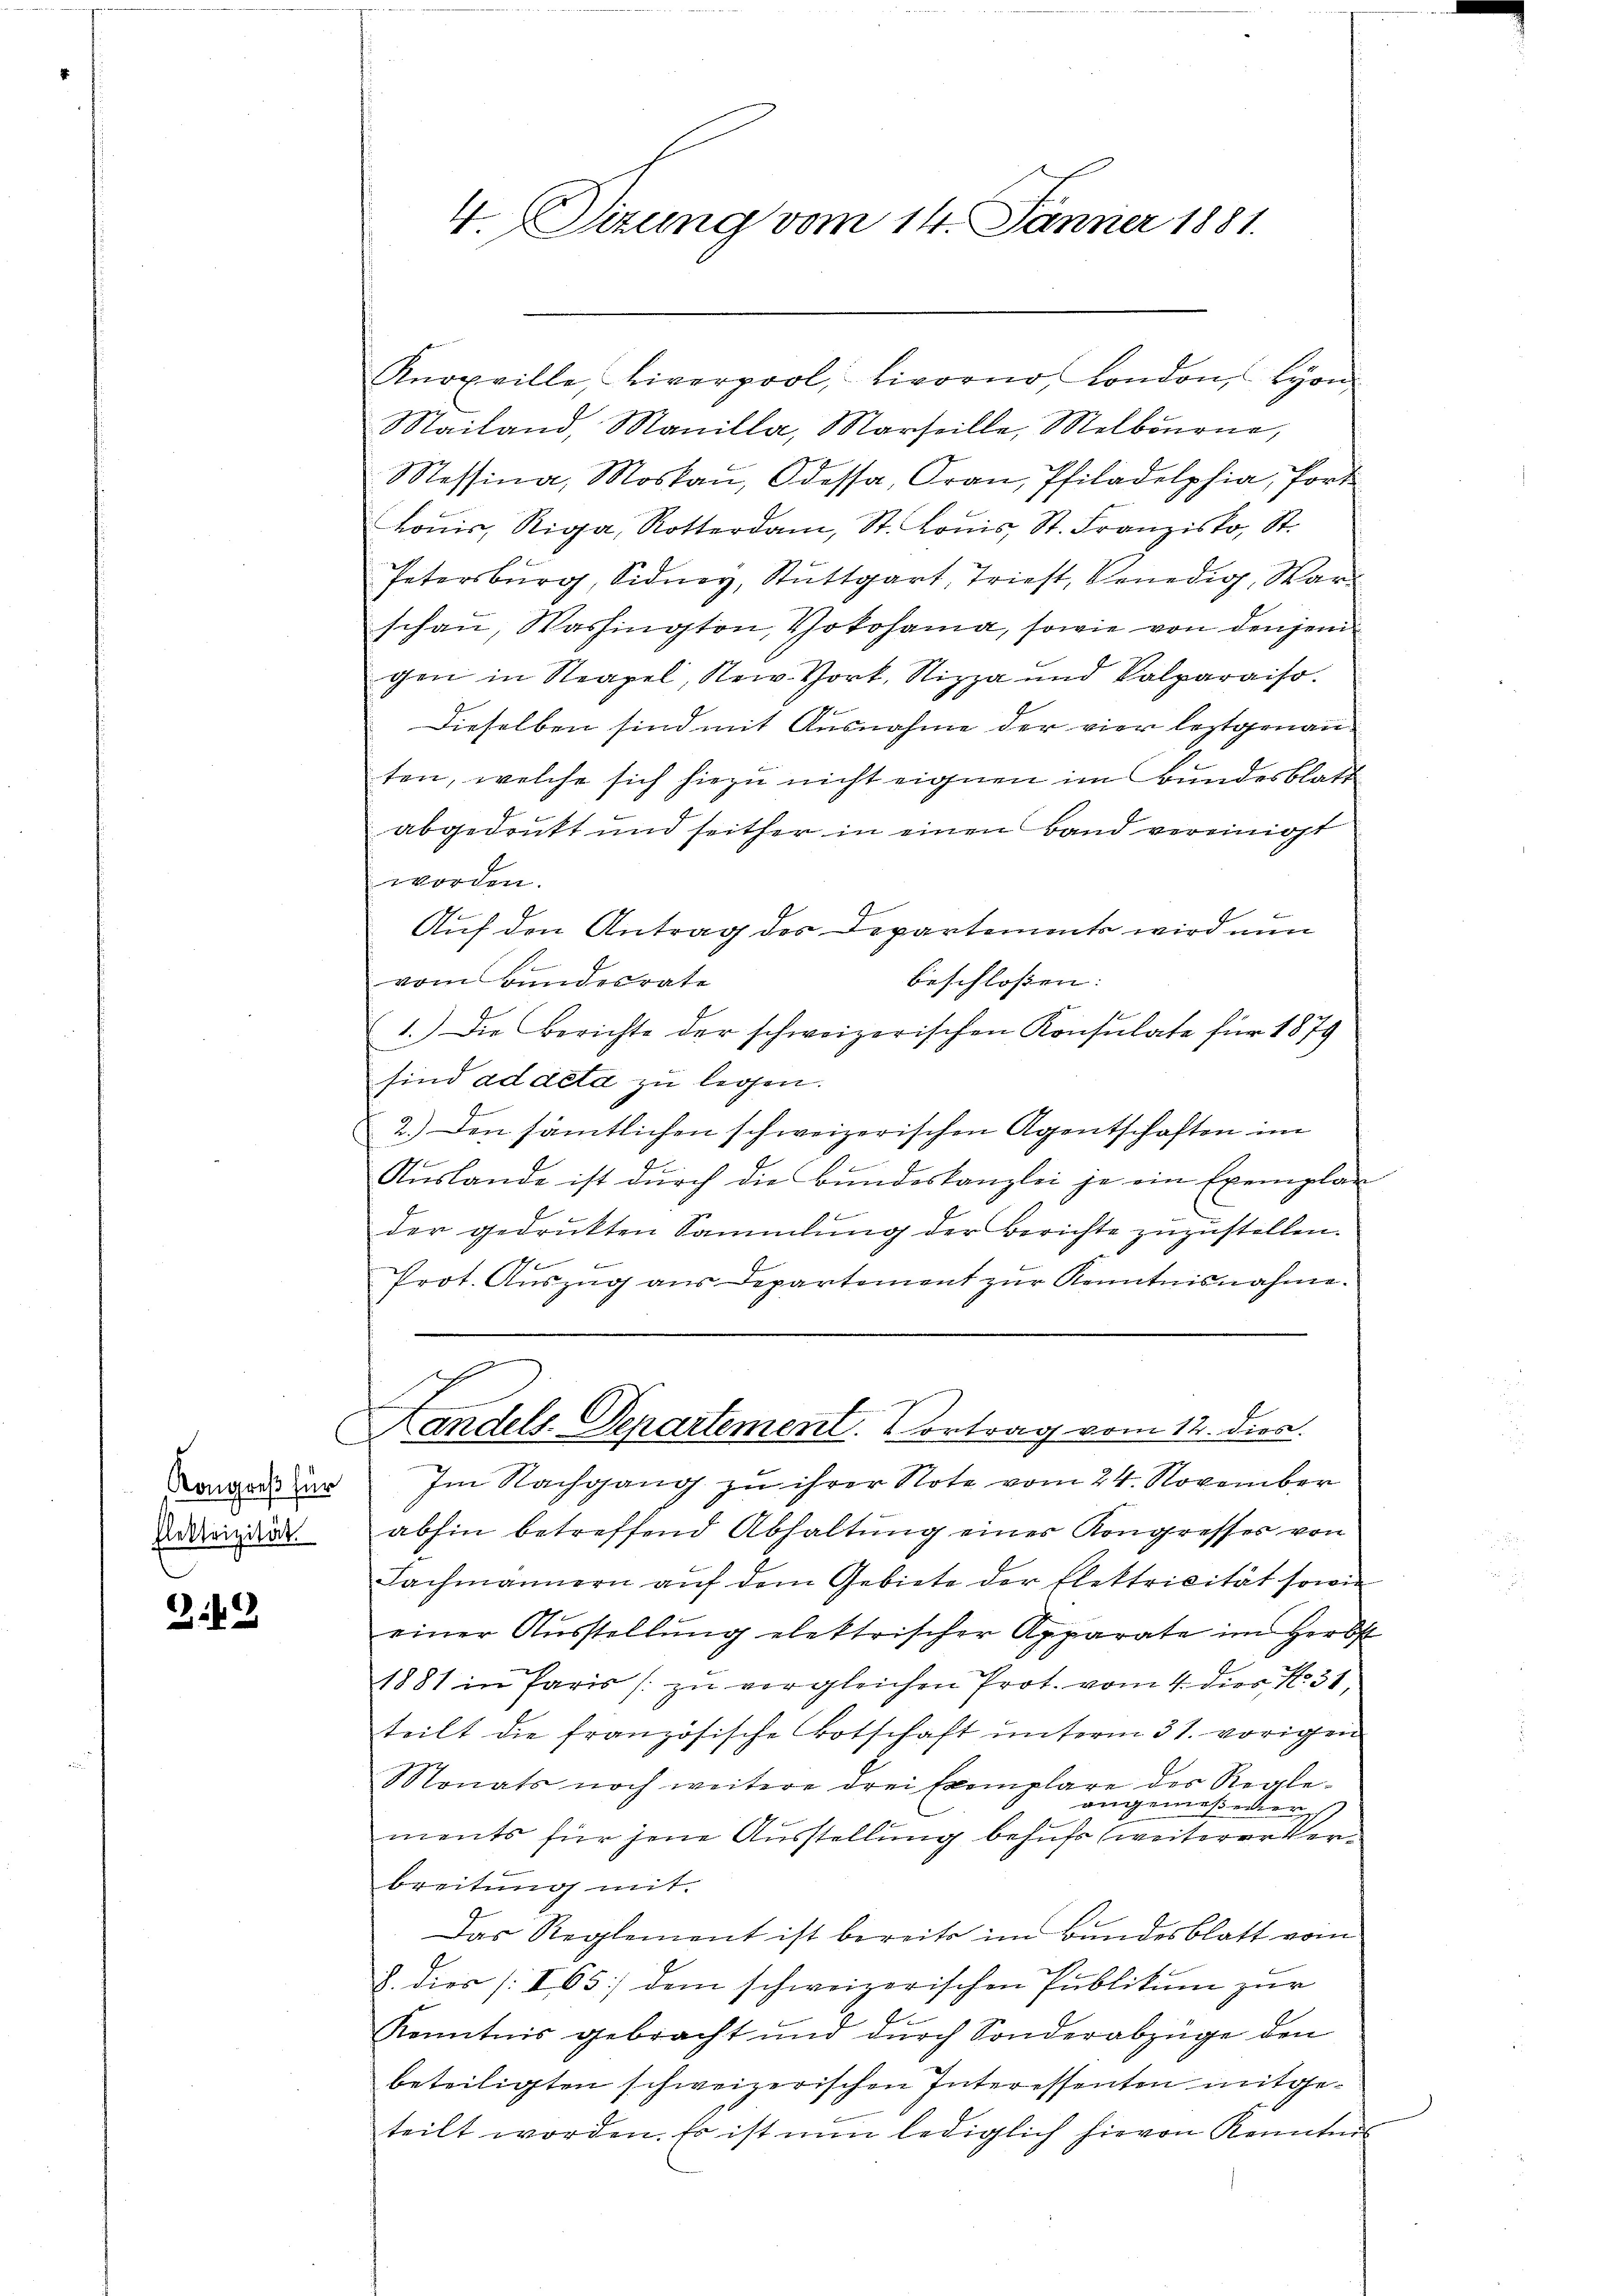
Kongreß für
Elektrizität.
.

242

4. Sizung vom 14. Jänner 1881.

Knoxville, Liverpool, Livorno, London, Lyon
Mailand, Manilla, Marseille, Melbourne,
Messina, Moskau, Odessa, Gran, Pfiladelphia, Port
Lonis, Riga Rotterdam, St. Lonis, St. Franzisko, St.
Petersburg, Sidney, Stuttgart, Triest, Venedig, Warschau, Washington, Vokohama, sowie von denjeni
gen in Neapel, Rei- Vort. Nizza und Palparaiso
Dieselben sind mit Ausnahme der vier leztgenau
ten, welche sich hiezu nicht eignen im Bundesblatt
abgedrukt und seither in einen Band vereinigt
worden.
Auf den Antrag des Departemente wird nun
vom Bundesrate
beschlossen:
1.) Die Berichte der schweizerischen Konsulate für 1879
sind ad deta zu legen.
2.) Den sämtlichen schweizerischen Agentschaften im
.
Auslande ist durch die Bundeskanzlei je ein Exemplan
der gedrukten Sammlung der Berichte zuzustellen.

Prot. Aŭszŭg aŭs Departement zŭr Kenntnisnahme.
Handels-Departement. Vortrag vom 12. dies.
Im Nachgang zu ihrer Note vom 24. November
abhin betreffend Abhaltung einer Kongresses von
Fachmännern auf dem Gebiete der Elektrivität sowie
einer Ausstellung elektrischer Apparate im Herbst
1881 in Paris zu vergleichen Prot. vom 4. dies N. 31,
teilt die französische Botschaft unterm 31. vorigen
Monats noch weitere drei Exemplare der Regle-
angemeßener
ments für jene Ausstellung behufs weiterer Verbreitung mit.
Das Reglement ist bereits im Bundesblatt vom
J. dies /:I65) dem schweizerischen Publikum zur
Kenntnis gebracht und durch Sonderabzüge den
beteiligten schweizerischen Interessenten mitgeteilt worden. Es ist nun lediglich hievon Kenntnis